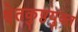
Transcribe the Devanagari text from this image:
श्वेतकुष्ठयुक्त